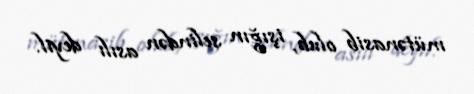
mütənasib olub, işığın selindən asılı deyil.